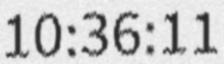
10:36:11